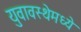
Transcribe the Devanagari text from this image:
युवावस्थेमध्ये